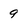
Character: 9